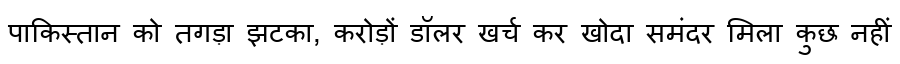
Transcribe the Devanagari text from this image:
पाकिस्तान को तगड़ा झटका, करोड़ों डॉलर खर्च कर खोदा समंदर मिला कुछ नहीं